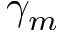
\gamma _ { m }